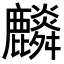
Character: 𪋲